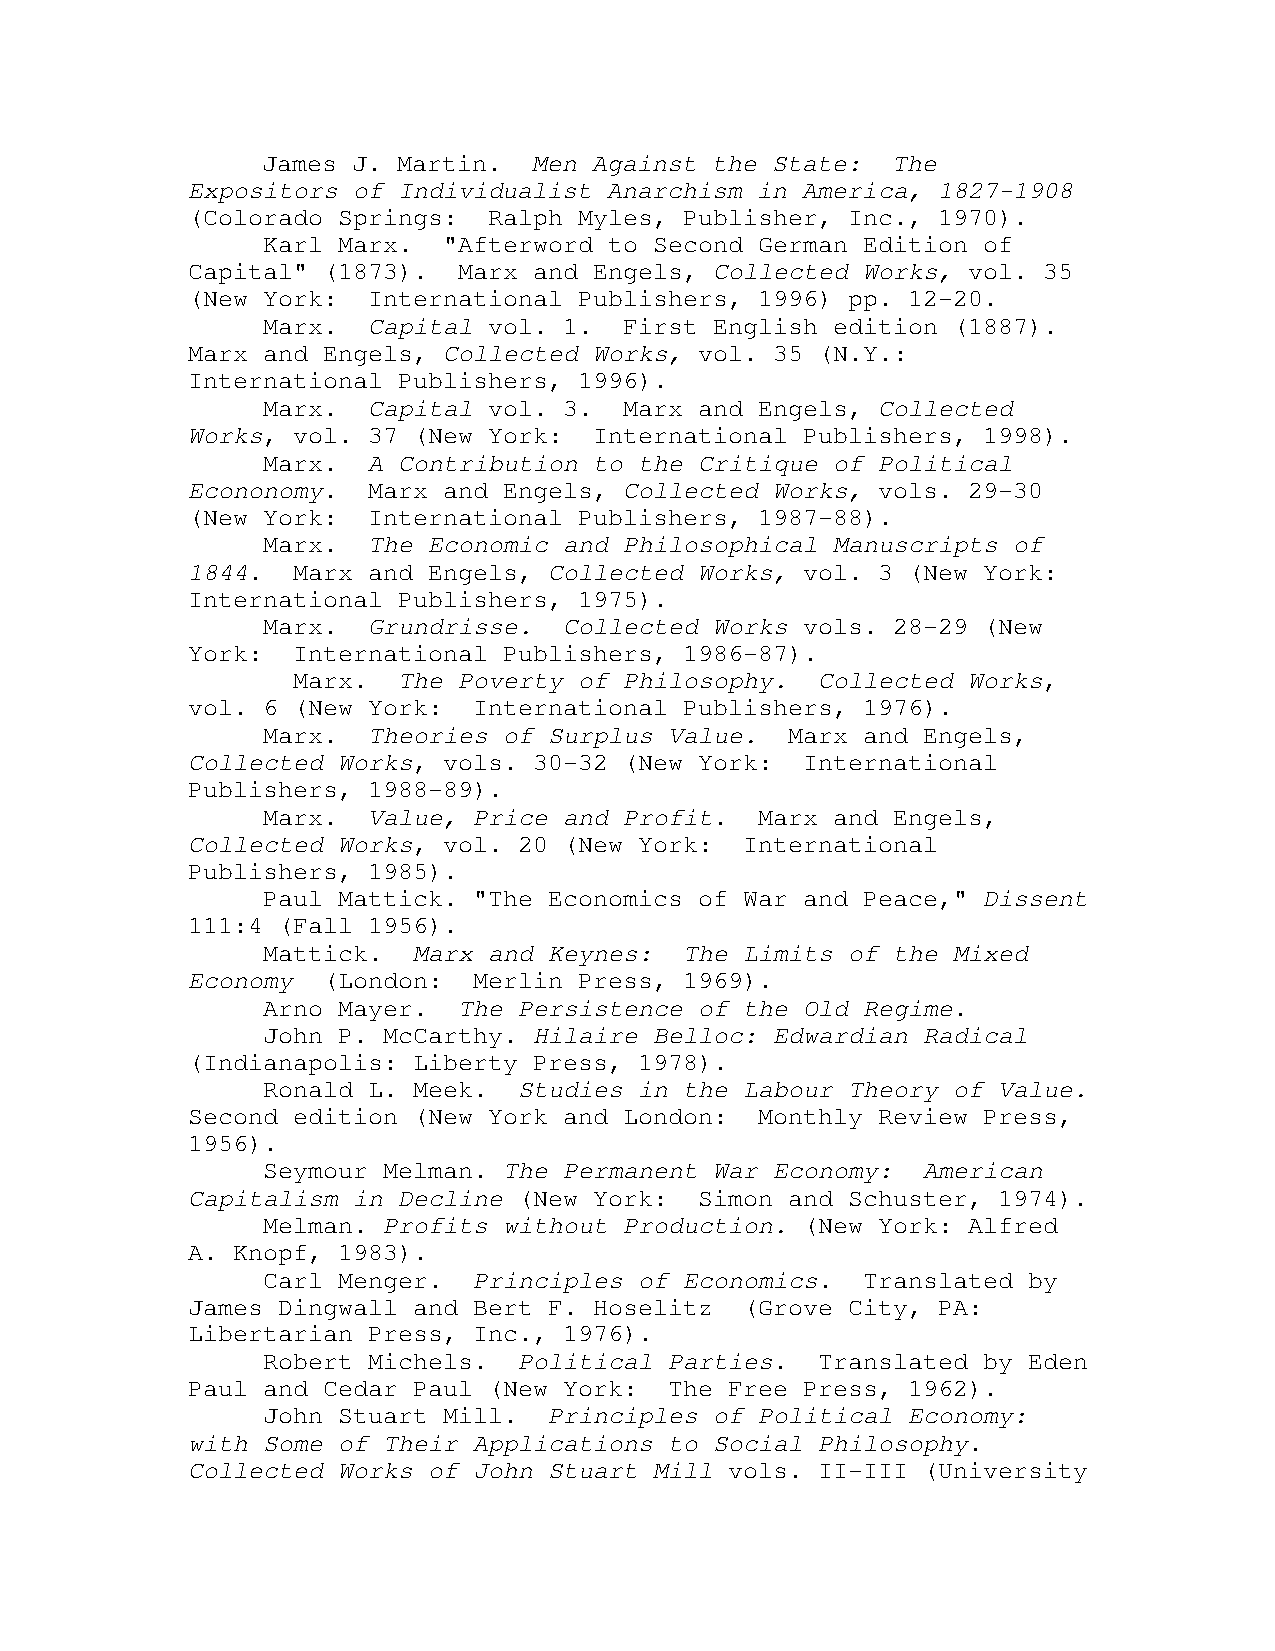
James J. Martin.  Men Against the State:  The
 Expositors of Individualist Anarchism in America, 1827-1908
 (Colorado Springs:  Ralph Myles, Publisher, Inc., 1970).
 Karl Marx.  "Afterword to Second German Edition of
 Capital" (1873).  Marx and Engels, Collected Works, vol. 35
 (New York:  International Publishers, 1996) pp. 12-20.
 Marx.  Capital vol. 1.  First English edition (1887).
 Marx and Engels, Collected Works, vol. 35 (N.Y.:
 International Publishers, 1996).
 Marx.  Capital vol. 3.  Marx and Engels, Collected
 Works, vol. 37 (New York:  International Publishers, 1998).
 Marx.  A Contribution to the Critique of Political
 Econonomy.  Marx and Engels, Collected Works, vols. 29-30
 (New York:  International Publishers, 1987-88).
 Marx.  The Economic and Philosophical Manuscripts of
 1844.  Marx and Engels, Collected Works, vol. 3 (New York:
 International Publishers, 1975).
 Marx.  Grundrisse.  Collected Works vols. 28-29 (New
 York:  International Publishers, 1986-87).
 Marx.  The Poverty of Philosophy.  Collected Works,
 vol. 6 (New York:  International Publishers, 1976).
 Marx.  Theories of Surplus Value.  Marx and Engels,
 Collected Works, vols. 30-32 (New York:  International
 Publishers, 1988-89).
 Marx.  Value, Price and Profit.  Marx and Engels,
 Collected Works, vol. 20 (New York:  International
 Publishers, 1985).
 Paul Mattick. "The Economics of War and Peace," Dissent
 111:4 (Fall 1956).
 Mattick.  Marx and Keynes:  The Limits of the Mixed
 Economy  (London:  Merlin Press, 1969).
 Arno Mayer.  The Persistence of the Old Regime.
 John P. McCarthy. Hilaire Belloc: Edwardian Radical
 (Indianapolis: Liberty Press, 1978).
 Ronald L. Meek.  Studies in the Labour Theory of Value.
 Second edition (New York and London:  Monthly Review Press,
 1956).
 Seymour Melman. The Permanent War Economy:  American
 Capitalism in Decline (New York:  Simon and Schuster, 1974).
 Melman. Profits without Production. (New York: Alfred
 A. Knopf, 1983).
 Carl Menger.  Principles of Economics.  Translated by
 James Dingwall and Bert F. Hoselitz  (Grove City, PA:
 Libertarian Press, Inc., 1976).
 Robert Michels.  Political Parties.  Translated by Eden
 Paul and Cedar Paul (New York:  The Free Press, 1962).
 John Stuart Mill.  Principles of Political Economy:
 with Some of Their Applications to Social Philosophy.
 Collected Works of John Stuart Mill vols. II-III (University